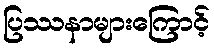
ပြဿနာများကြောင့်